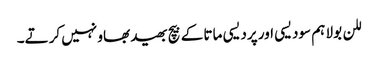
للن بولا ہم سودیسی اور پردیسی ماتا کے بیچ بھید بھاو نہیں کرتے۔